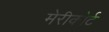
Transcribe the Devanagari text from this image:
मेरीकोर्ट